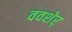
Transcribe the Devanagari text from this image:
ववशेर्